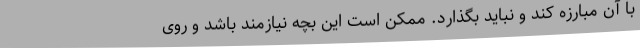
با آن مبارزه کند و نباید بگذارد. ممکن است این بچه نیازمند باشد و روی